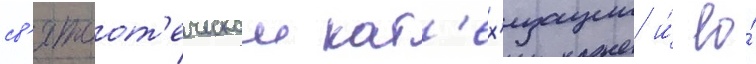
св'ятоот'еческои кат'ех'изации и́ ео́